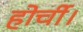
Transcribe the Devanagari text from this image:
होर्ची।